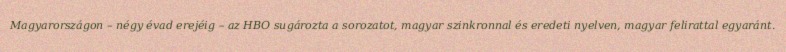
Magyarországon – négy évad erejéig – az HBO sugározta a sorozatot, magyar szinkronnal és eredeti nyelven, magyar felirattal egyaránt.